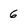
Character: 6